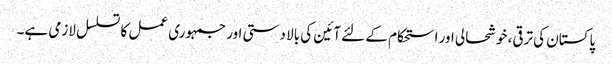
پاکستان کی ترقی، خوشحالی اور استحکام کے لئے آئین کی بالا دستی اور جمہوری عمل کا تسلسل لازمی ہے۔